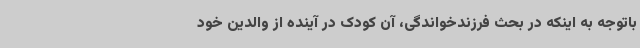
باتوجه به اینکه در بحث فرزندخواندگی، آن کودک در آینده از والدین خود